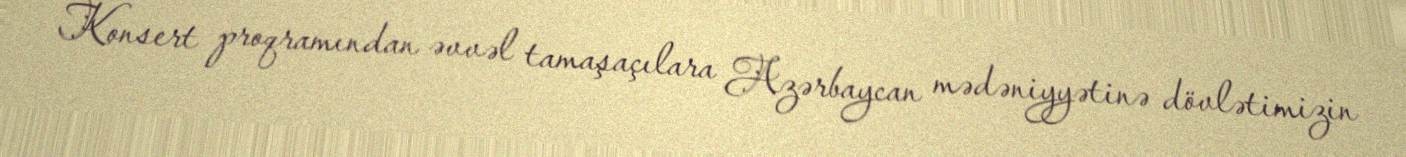
Konsert proqramından əvvəl tamaşaçılara Azərbaycan mədəniyyətinə dövlətimizin